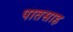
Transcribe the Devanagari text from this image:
पातसाह